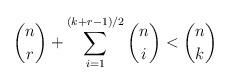
LaTeX: \begin{align*} \binom{n}{r}+\sum_{i=1}^{(k+r-1)/2} \binom{n}{i} < \binom{n}{k}\end{align*}